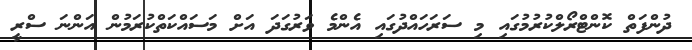
ދުންފަތް ކޮންޓްރޯލްކުރުމުގައި މި ސަރަހައްދުގައި އެންމެ ވަރުގަދަ އަށް މަސައްކަތްކުރަމުން އަންނަ ސްރީ